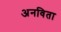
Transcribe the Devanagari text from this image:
अनविता